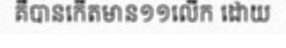
គឺបានកើតមាន១១លើក ដោយ